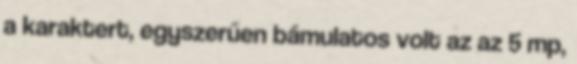
a karaktert, egyszerűen bámulatos volt az az 5 mp,